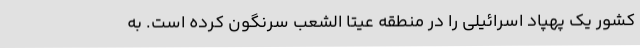
کشور یک پهپاد اسرائیلی را در منطقه عیتا الشعب سرنگون کرده است. به